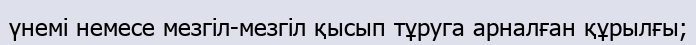
үнемі немесе мезгіл-мезгіл қысып тұруга арналған құрылғы;